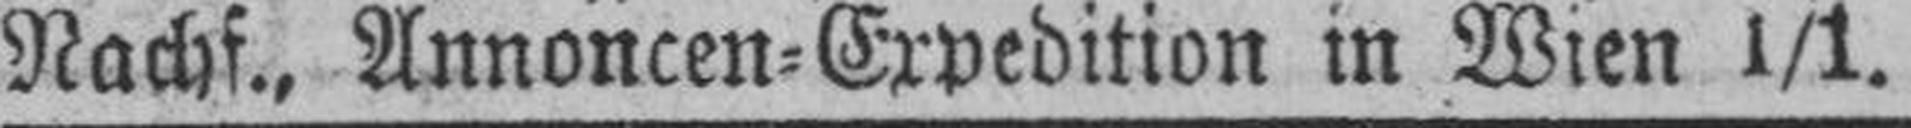
Nachf., Annoncen=Expedition in Wien I/1.